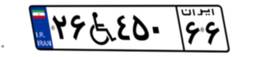
۴۷W۹۵۸۶۱